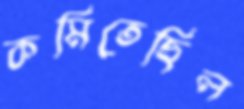
কমিতেছিল